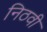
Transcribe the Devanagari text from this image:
निठवी